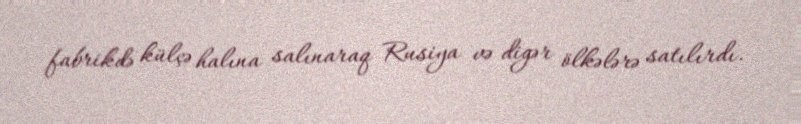
fabrikdə külçə halına salınaraq Rusiya və digər ölkələrə satılırdı.